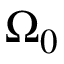
\Omega _ { 0 }